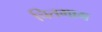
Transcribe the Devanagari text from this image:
चितगाग